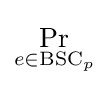
\Pr _{e\in {\text{BSC}}_{p}}